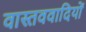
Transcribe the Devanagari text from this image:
वास्तववादियों